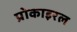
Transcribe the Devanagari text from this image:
प्रोकाइरल